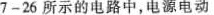
7-26所示的电路中，电源电动